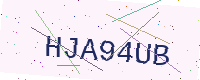
Text: HJA94UB